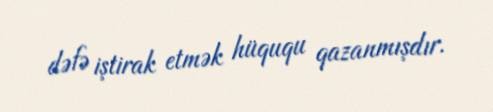
dəfə iştirak etmək hüququ qazanmışdır.